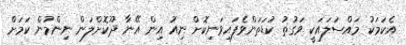
އެކަމަކު މައްސަލައަކީ ވަގުތު ކުޑަތަންވެފައިވަނިކޮށް ނިއު އިން އޭނާ ދޫކޮށްލަން ނިންމުން ކަމަށް